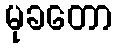
မုခတော